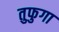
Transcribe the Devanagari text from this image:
तुफुगा